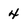
Character: 4